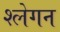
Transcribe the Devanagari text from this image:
श्लेगन